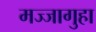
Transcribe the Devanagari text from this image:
मज्जागुहा